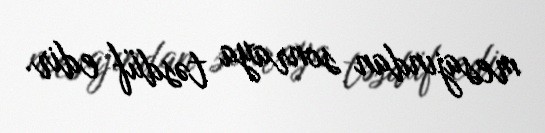
mesajından sonraya təsdüf edir.